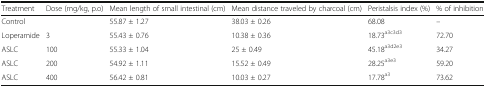
<table><thead><tr><td><b>Treatment</b></td><td><b>Dose (mg/kg, p.o)</b></td><td><b>Mean length of small intestinal (cm)</b></td><td><b>Mean distance traveled by charcoal (cm)</b></td><td><b>Peristalsis index (%)</b></td><td><b>% of inhibition</b></td></tr></thead><tbody><tr><td>Control</td><td></td><td>55.87 ± 1.27</td><td>38.03 ± 0.26</td><td>68.08</td><td>–</td></tr><tr><td>Loperamide</td><td>3</td><td>55.43 ± 0.76</td><td>10.38 ± 0.36</td><td>18.73<sup>a3c3d3</sup></td><td>72.70</td></tr><tr><td>ASLC</td><td>100</td><td>55.33 ± 1.04</td><td>25 ± 0.49</td><td>45.18<sup>a3d2e3</sup></td><td>34.27</td></tr><tr><td>ASLC</td><td>200</td><td>54.92 ± 1.11</td><td>15.52 ± 0.49</td><td>28.25<sup>a3e3</sup></td><td>59.20</td></tr><tr><td>ASLC</td><td>400</td><td>56.42 ± 0.81</td><td>10.03 ± 0.27</td><td>17.78<sup>a3</sup></td><td>73.62</td></tr></tbody></table>